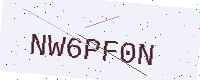
Text: NW6PF0N